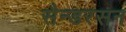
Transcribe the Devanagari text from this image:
सैन्डरसन